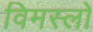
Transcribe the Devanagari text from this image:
विमस्लो